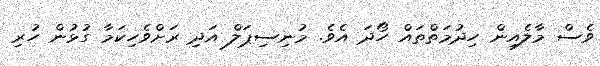
ވެސް މާލެއިން ހިދުމަތްތައް ހޯދަ އެވެ. މުނިސިޕަލް އަދި ރަށްވެހިކަމާ ގުޅުން ހުރި